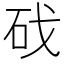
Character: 䂝